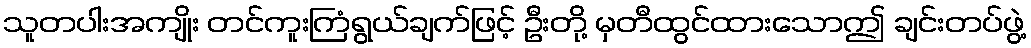
သူတပါးအကျိုး တင်ကူးကြံရွယ်ချက်ဖြင့် ဦးတို့ မှတီထွင်ထားသောဤ ချင်းတပ်ဖွဲ့